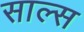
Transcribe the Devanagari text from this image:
साल्स